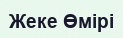
Жеке Өмірі